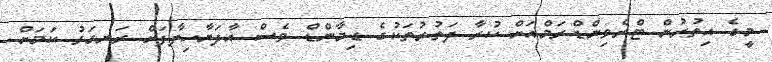
މީގެ އިތުރުން ޓްރެވިންޑްރަމްއަށް ކުރާ ދަތުރުތަކުގެ ޑިމާންޑް ވެސް އާދަޔާހިލާފަށް ރަނގަޅު ކަމަށް